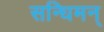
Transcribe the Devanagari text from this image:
सन्धिमन्